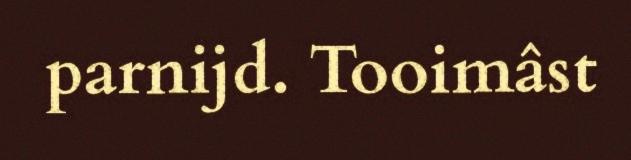
parnijd. Tooimâst